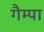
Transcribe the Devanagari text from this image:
गैम्पा